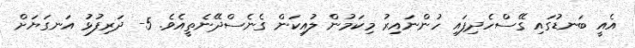
އެއީ ބަނޑުގައި ގޭސްހެދިފައި ހުންނައިރު މިކަމުން ލުއިކަން ގެނެސްދޭނެތީއެވެ. 5- ދަރިފުޅު އަނގަޔަށް